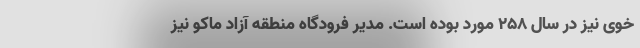
خوی نیز در سال ۲۵۸ مورد بوده است. مدیر فرودگاه منطقه آزاد ماکو نیز